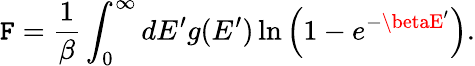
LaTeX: \mathtt{F}={\frac{{1}}{{\beta}}}\int_{0}^{\infty}dE^{\prime}g(E^{\prime})\, \mathrm{{ln}}\left(1-e^{-\betaE^{\prime}}\right).